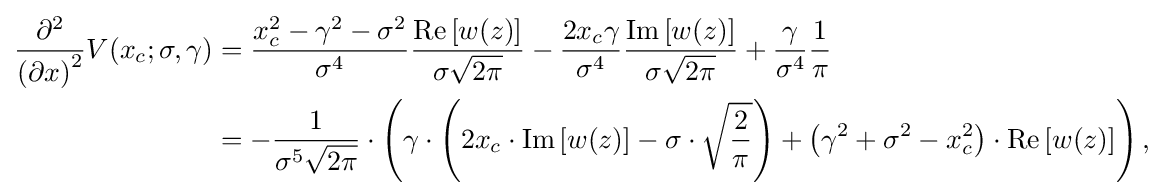
{\begin{aligned}{\frac {\partial ^{2}}{\left(\partial x\right)^{2}}}V(x_{c};\sigma ,\gamma )&={\frac {x_{c}^{2}-\gamma ^{2}-\sigma ^{2}}{\sigma ^{4}}}{\frac {\operatorname {Re} \left[w(z)\right]}{\sigma {\sqrt {2\pi }}}}-{\frac {2x_{c}\gamma }{\sigma ^{4}}}{\frac {\operatorname {Im} \left[w(z)\right]}{\sigma {\sqrt {2\pi }}}}+{\frac {\gamma }{\sigma ^{4}}}{\frac {1}{\pi }}\\&=-{\frac {1}{\sigma ^{5}{\sqrt {2\pi }}}}\cdot \left(\gamma \cdot \left(2x_{c}\cdot \operatorname {Im} \left[w(z)\right]-\sigma \cdot {\sqrt {\frac {2}{\pi }}}\right)+\left(\gamma ^{2}+\sigma ^{2}-x_{c}^{2}\right)\cdot \operatorname {Re} \left[w(z)\right]\right),\end{aligned}}